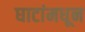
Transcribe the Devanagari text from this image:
घाटांमधून